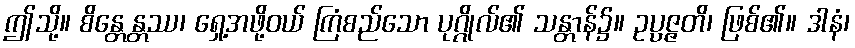
ဤသို့။ စိန္တေန္တဿ၊ ရှေ့အဖို့ဝယ် ကြံစည်သော ပုဂ္ဂိုလ်၏ သန္တာန်၌။ ဥပ္ပဇ္ဇတိ၊ ဖြစ်၏။ ဒါနံ၊